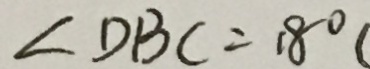
\angle D B C = 1 8 ^ { \circ }